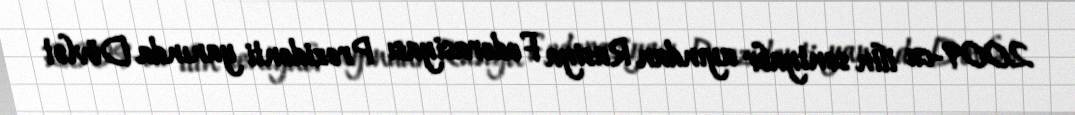
2009-cu ilin sentyabr ayından Rusiya Federasiyası Prezidenti yanında Dövlət